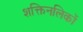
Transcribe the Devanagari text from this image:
शक्तिनलिकों